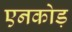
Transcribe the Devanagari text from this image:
एनकोड़